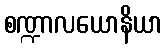
စဏ္ဍာလယောနိယာ